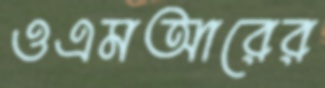
ওএমআরের